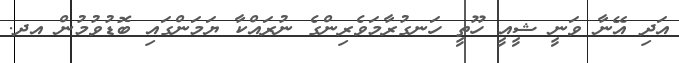
އަދި އޭނާ ވަނީ ޝީއީ ހޫތީ ހަނގުރާމަވެރިންގެ ނުރައްކާ ޔަމަންގައި ބޮޑުވުމުން އދ.